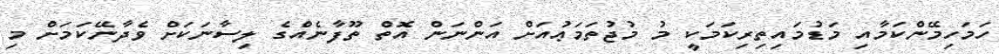
ހަމަހިމޭންކަމާއި މަޑުމައިތިރިކަމަކީ މު މުޖުތަމަޢުއަށް އަންނަން އޮތް ތޫފާނެއްގެ ލިސާނަކަށް ވެދާނޭކަމަށް މި